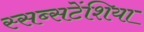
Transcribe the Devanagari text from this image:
स्सब्सटेंशिया